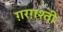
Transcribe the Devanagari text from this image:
ग़रग़श्ती